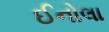
ઈનોલા